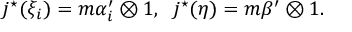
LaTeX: j ^ { \star } ( \xi _ { i } ) = m \alpha _ { i } ^ { \prime } \otimes 1 , \; \; j ^ { \star } ( \eta ) = m \beta ^ { \prime } \otimes 1 .